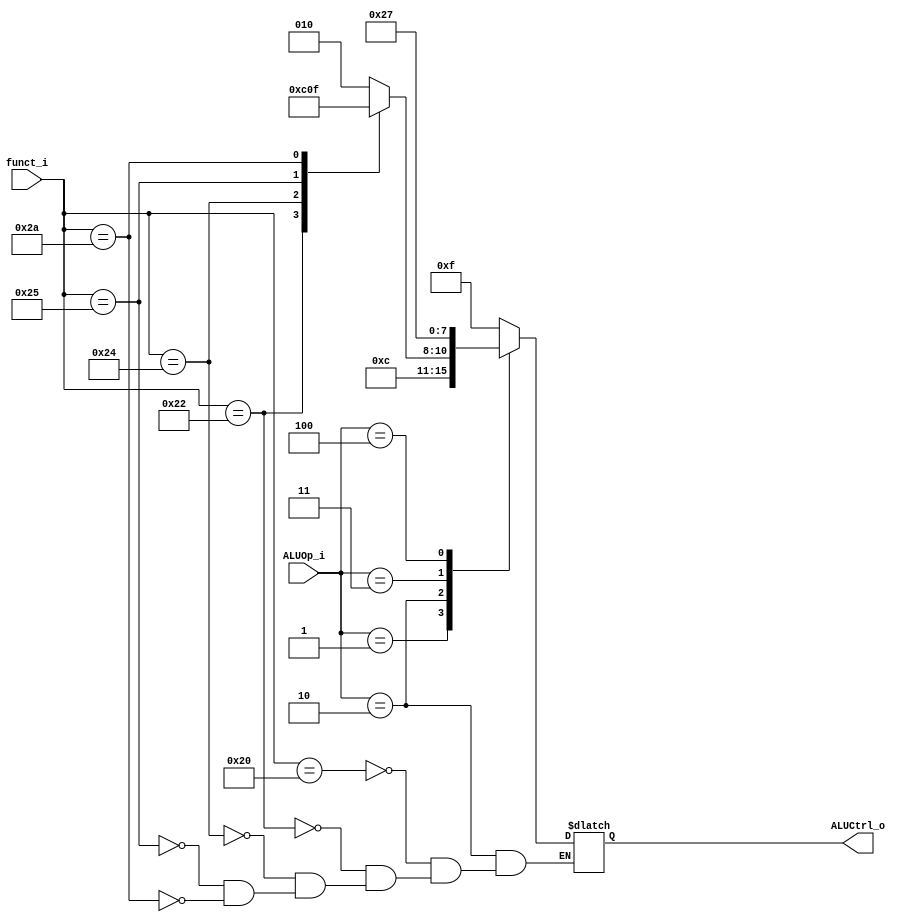
//Subject:     CO project 2 - ALU Controller
//--------------------------------------------------------------------------------
//Version:     1
//--------------------------------------------------------------------------------
//Writer:      0816192
//----------------------------------------------
//Date:        
//----------------------------------------------
//Description: 
//--------------------------------------------------------------------------------
`timescale 1ns/1ps
module ALU_Ctrl(
          funct_i,
          ALUOp_i,
          ALUCtrl_o
          );
          
//I/O ports 
input      [6-1:0] funct_i;
input      [3-1:0] ALUOp_i;

output     [4-1:0] ALUCtrl_o;    
     
//Internal Signals
reg        [4-1:0] ALUCtrl_o;

//Parameter

       
//Select exact operation
always @(*)begin
	case(ALUOp_i)
		1:	ALUCtrl_o <= 6; //beq
		2://R-type
			case(funct_i)
				32: ALUCtrl_o <= 2; //Addition
				34:	ALUCtrl_o <= 6; //Subtraction
				36:	ALUCtrl_o <= 0; //And
				37:	ALUCtrl_o <= 1; //Or
				42:	ALUCtrl_o <= 7; //Set on Less than
			endcase
		3: ALUCtrl_o <= 2;	//addi
		4: ALUCtrl_o <= 7;	//slti
		default: ALUCtrl_o <= 4'b1111;
	endcase
end

endmodule